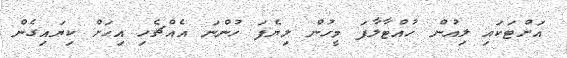
އަށްޓަކައި ލިއުން ހުއްޓާލާފަ މީހުން ލިޔެފަ ހުންނަ އެއްޗެހި އިހަށް ކިޔައިގެން